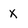
Character: X